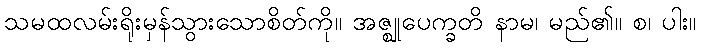
သမထလမ်းရိုးမှန်သွားသောစိတ်ကို။ အဇ္ဈုပေက္ခတိ နာမ၊ မည်၏။ စ၊ ပါး။